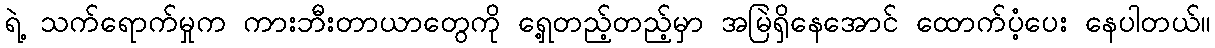
ရဲ့ သက်ရောက်မှုက ကားဘီးတာယာတွေကို ရှေ့တည့်တည့်မှာ အမြဲရှိနေအောင် ထောက်ပံ့ပေး နေပါတယ်။